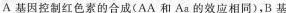
A基因控制红色素的合成(AA和Aa的效应相同)，B基